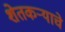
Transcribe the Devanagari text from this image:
शेतकऱ्याचे